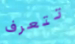
تتعرف